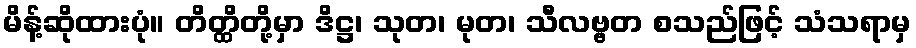
မိန့်ဆိုထားပုံ။ တိတ္ထိတို့မှာ ဒိဋ္ဌ၊ သုတ၊ မုတ၊ သီလဗ္ဗတ စသည်ဖြင့် သံသရာမှ